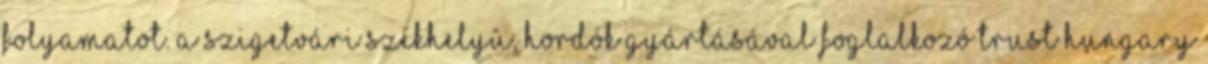
folyamatot. A szigetvári székhelyû, hordók gyártásával foglalkozó Trust Hungary